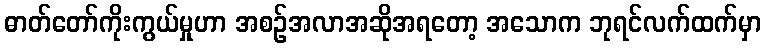
ဓာတ်တော်ကိုးကွယ်မှုဟာ အစဉ်အလာအဆိုအရတော့ အသောက ဘုရင်လက်ထက်မှာ